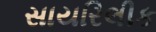
સાયરિલીક